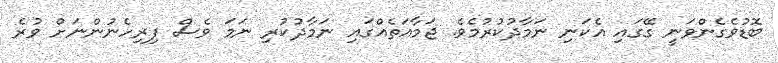
ބޮޑުވެގެންވަނީ ގޭގައި އެކަނި ނަމާދުކުރުމެވެ. ޖަމާއަތެއްގައި ނަމާދުކުރި ނަމަ ވެސް ފިރިހެނުންނަށް ވުރެ